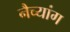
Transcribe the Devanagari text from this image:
नैच्यांग